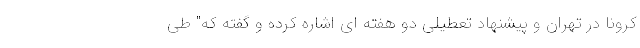
کرونا در تهران و پیشنهاد تعطیلی دو هفته ای اشاره کرده و گفته که" طی